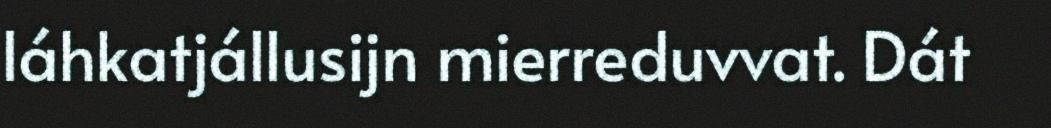
láhkatjállusijn mierreduvvat. Dát